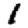
Digit: 1